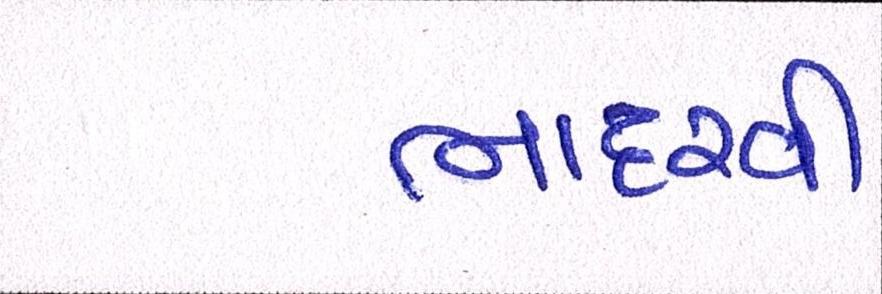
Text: ભાદરવી